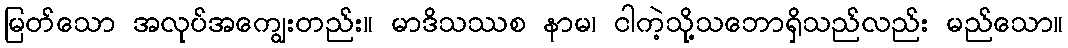
မြတ်သော အလုပ်အကျွေးတည်း။ မာဒိသဿစ နာမ၊ ငါကဲ့သို့သဘောရှိသည်လည်း မည်သော။